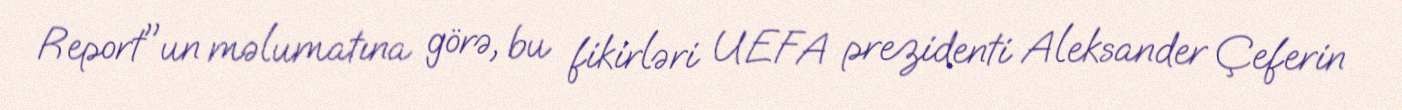
Report"un məlumatına görə, bu fikirləri UEFA prezidenti Aleksander Çeferin